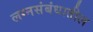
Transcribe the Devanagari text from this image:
लग्नसंबंधातील